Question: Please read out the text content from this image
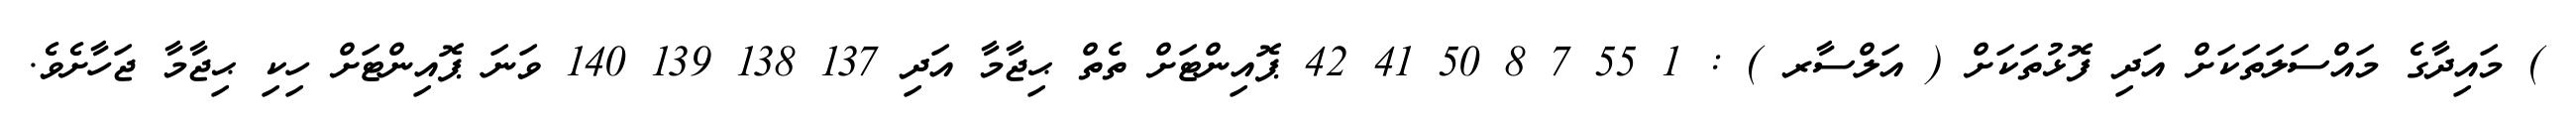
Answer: ) މައިދާގެ މައްސަލަތަކަށް އަދި ފޮޅުތަކަށް ( އަލްސާރ ) : 1 55 7 8 50 41 42 ޕޮއިންޓަށް ތެތް ޙިޖާމާ އަދި 137 138 139 140 ވަނަ ޕޮއިންޓަށް ހިކި ޙިޖާމާ ޖަހާށެވެ.